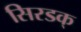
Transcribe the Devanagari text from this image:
सिरडक्